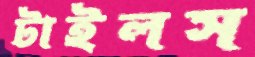
টাইলস